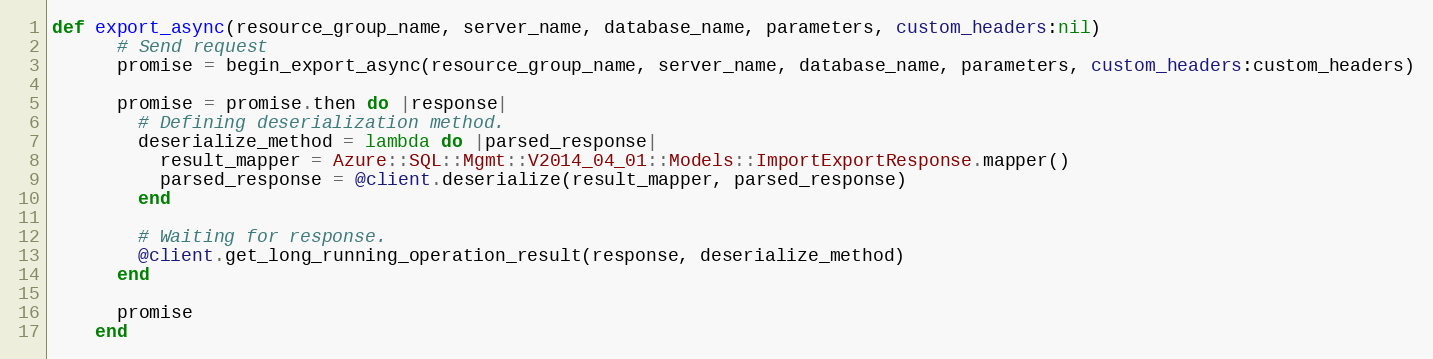
Language: Ruby
def export_async(resource_group_name, server_name, database_name, parameters, custom_headers:nil)
      # Send request
      promise = begin_export_async(resource_group_name, server_name, database_name, parameters, custom_headers:custom_headers)

      promise = promise.then do |response|
        # Defining deserialization method.
        deserialize_method = lambda do |parsed_response|
          result_mapper = Azure::SQL::Mgmt::V2014_04_01::Models::ImportExportResponse.mapper()
          parsed_response = @client.deserialize(result_mapper, parsed_response)
        end

        # Waiting for response.
        @client.get_long_running_operation_result(response, deserialize_method)
      end

      promise
    end